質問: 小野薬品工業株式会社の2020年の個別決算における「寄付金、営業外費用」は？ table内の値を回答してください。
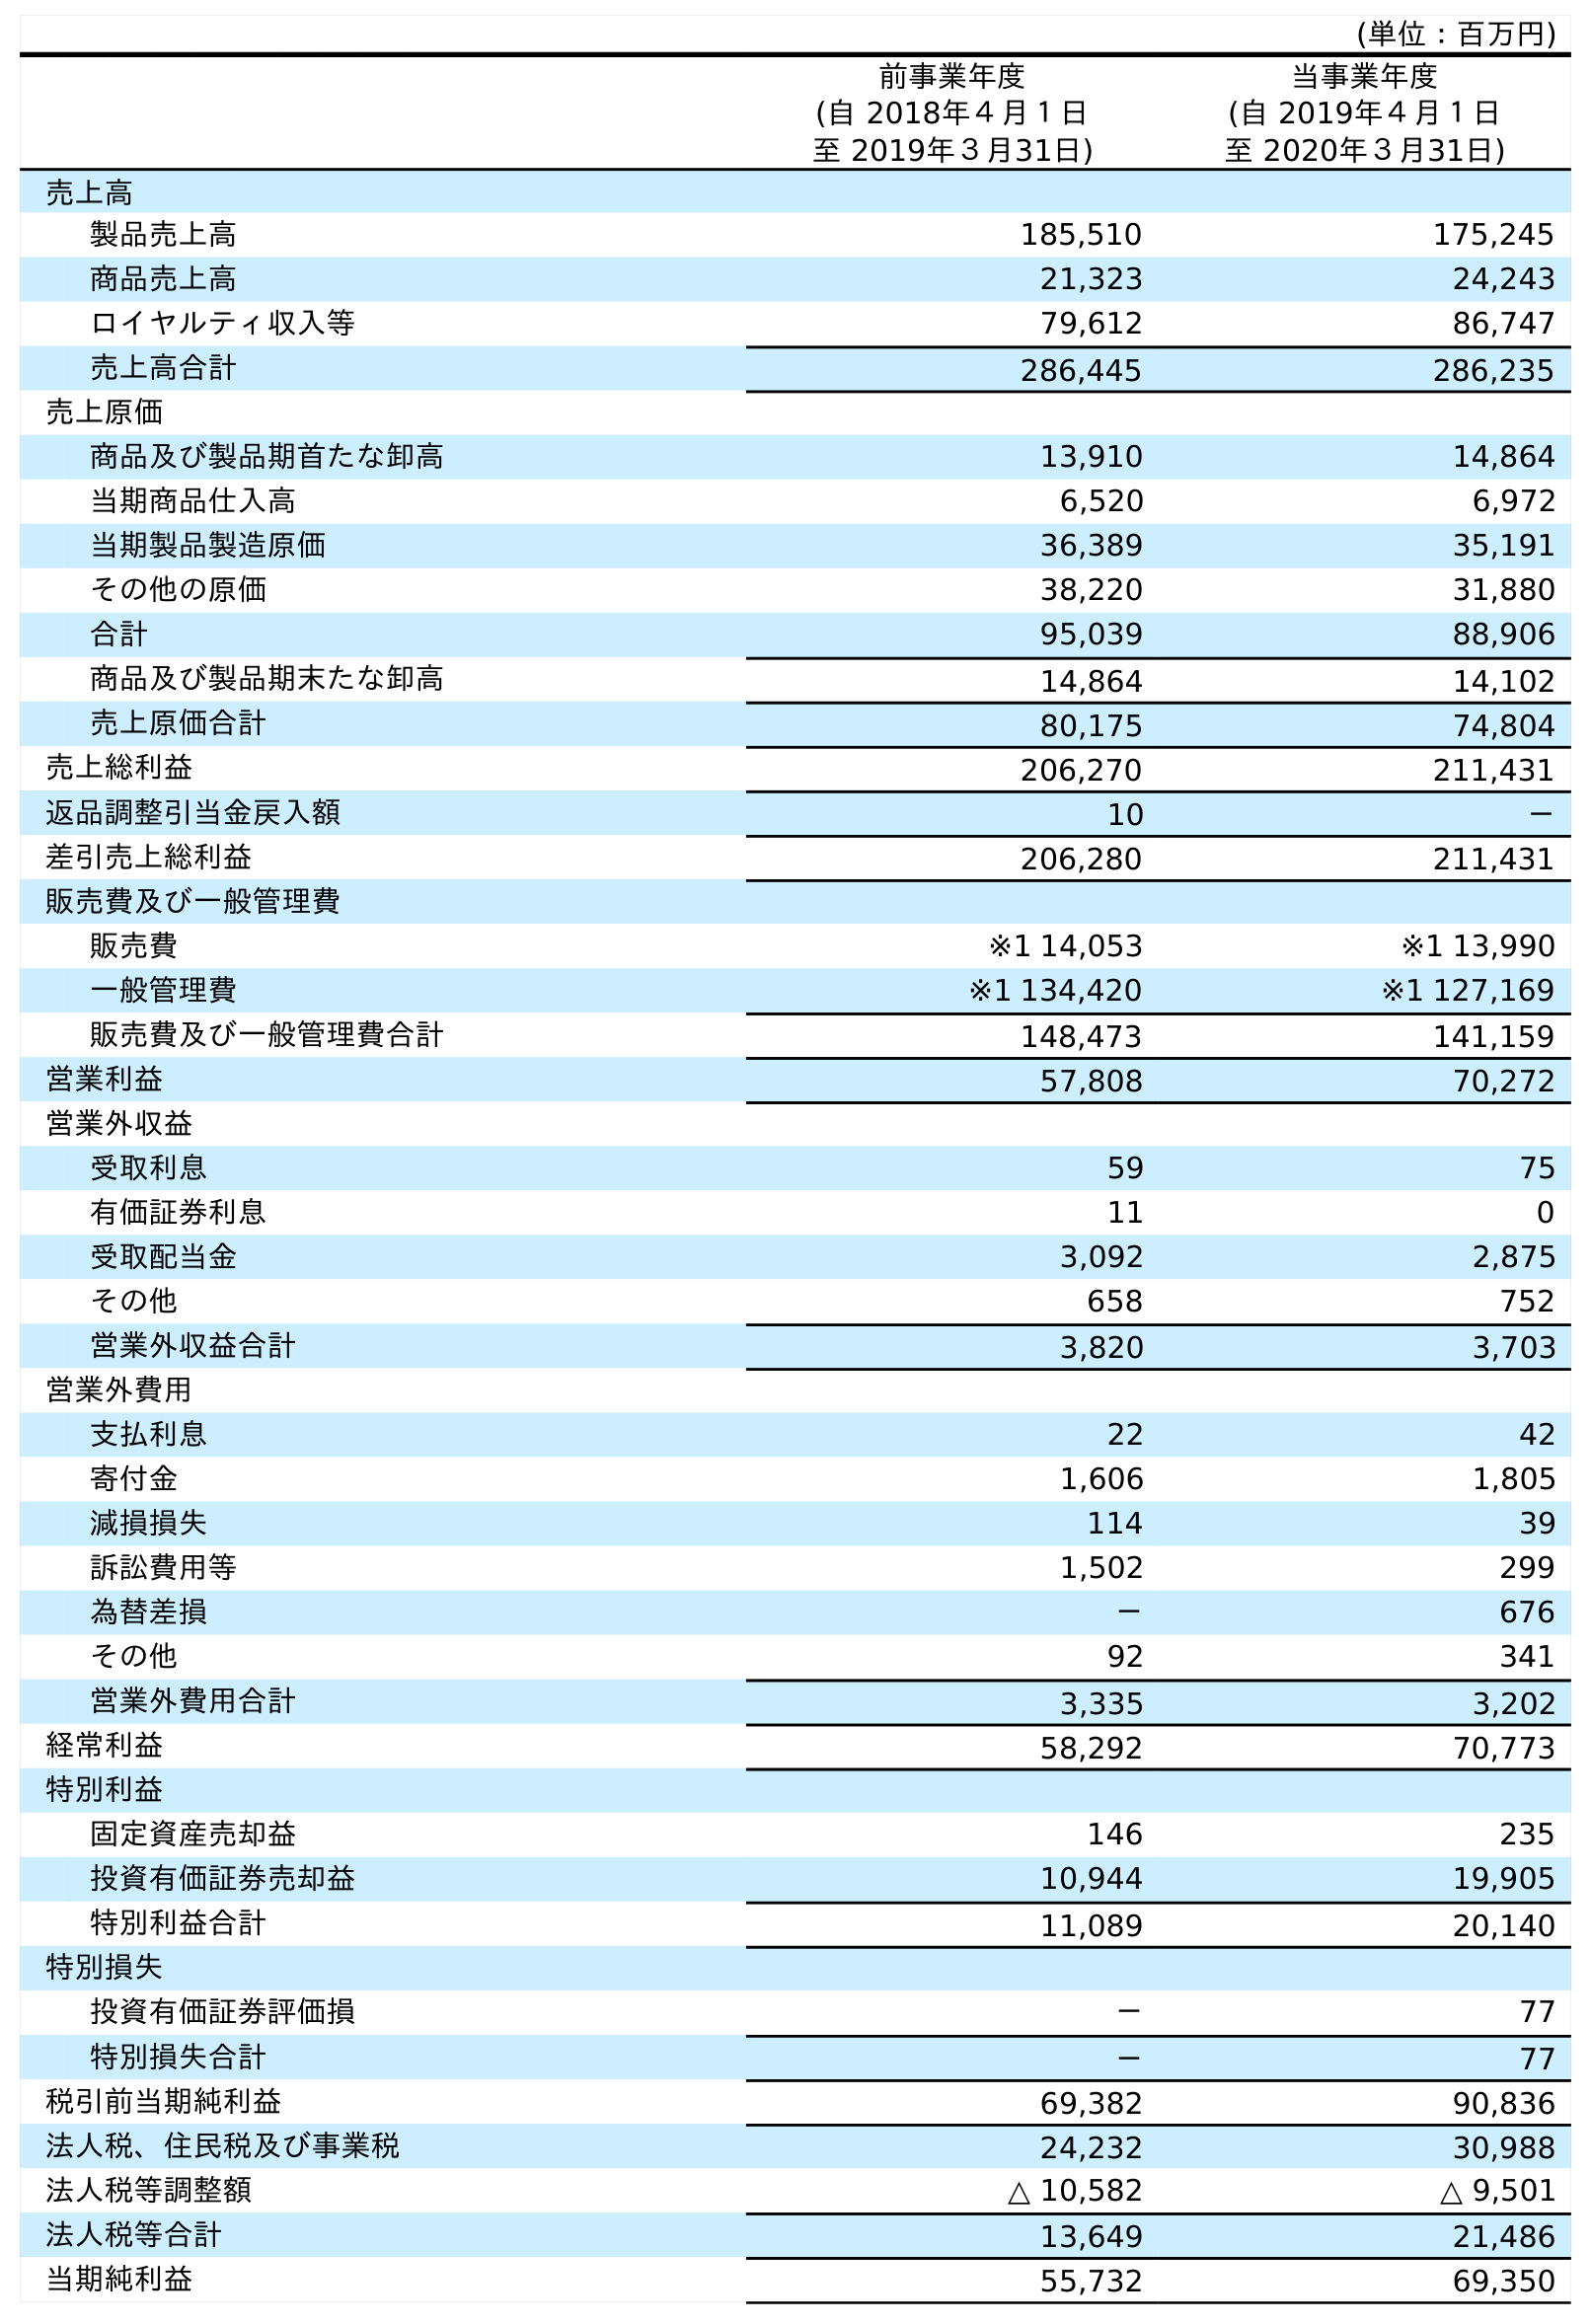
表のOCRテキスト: (単位：百万円) 前事業年度 (自 2018年４月１日 至 2019年３月31日) 当事業年度 (自 2019年４月１日 至 2020年３月31日) 売上高 製品売上高 185,510 175,245 商品売上高 21,323 24,243 ロイヤルティ収入等 79,612 86,747 売上高合計 286,445 286,235 売上原価 商品及び製品期首たな卸高 13,910 14,864 当期商品仕入高 6,520 6,972 当期製品製造原価 36,389 35,191 その他の原価 38,220 31,880 合計 95,039 88,906 商品及び製品期末たな卸高 14,864 14,102 売上原価合計 80,175 74,804 売上総利益 206,270 211,431 返品調整引当金戻入額 10 － 差引売上総利益 206,280 211,431 販売費及び一般管理費 販売費 ※1 14,053 ※1 13,990 一般管理費 ※1 134,420 ※1 127,169 販売費及び一般管理費合計 148,473 141,159 営業利益 57,808 70,272 営業外収益 受取利息 59 75 有価証券利息 11 0 受取配当金 3,092 2,875 その他 658 752 営業外収益合計 3,820 3,703 営業外費用 支払利息 22 42 寄付金 1,606 1,805 減損損失 114 39 訴訟費用等 1,502 299 為替差損 － 676 その他 92 341 営業外費用合計 3,335 3,202 経常利益 58,292 70,773 特別利益 固定資産売却益 146 235 投資有価証券売却益 10,944 19,905 特別利益合計 11,089 20,140 特別損失 投資有価証券評価損 － 77 特別損失合計 － 77 税引前当期純利益 69,382 90,836 法人税、住民税及び事業税 24,232 30,988 法人税等調整額 △ 10,582 △ 9,501 法人税等合計 13,649 21,486 当期純利益 55,732 69,350
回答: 1,805